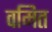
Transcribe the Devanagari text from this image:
वमित